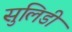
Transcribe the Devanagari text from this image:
सुलिडी